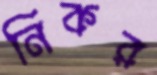
নিকর